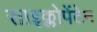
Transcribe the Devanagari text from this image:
साइक्लोपेंटेन